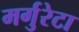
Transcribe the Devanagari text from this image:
मर्गुरेटा